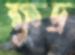
ক্ষুদ্র